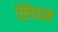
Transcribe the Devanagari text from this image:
सिधन